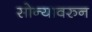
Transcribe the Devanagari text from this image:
सोन्यावरुन